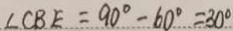
\angle C B E = 9 0 ^ { \circ } - 6 0 ^ { \circ } = 3 0 ^ { \circ }